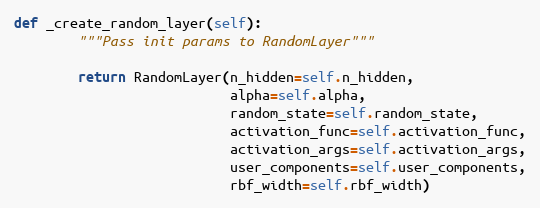
Language: Python
def _create_random_layer(self):
        """Pass init params to RandomLayer"""

        return RandomLayer(n_hidden=self.n_hidden,
                           alpha=self.alpha,
                           random_state=self.random_state,
                           activation_func=self.activation_func,
                           activation_args=self.activation_args,
                           user_components=self.user_components,
                           rbf_width=self.rbf_width)